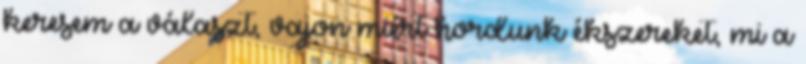
keresem a választ, vajon miért hordunk ékszereket, mi a